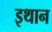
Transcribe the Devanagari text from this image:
इथान